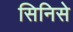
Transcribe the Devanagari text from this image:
सिनिसे